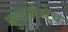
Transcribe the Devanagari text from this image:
बुजन्नेमेच